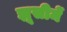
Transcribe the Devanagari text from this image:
झूसीमें